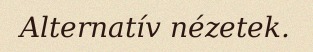
Alternatív nézetek.